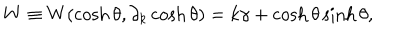
W \equiv W ( \cosh \theta , \partial _ { k } \cosh \theta ) = k \gamma + \cosh \theta \sinh \theta ,